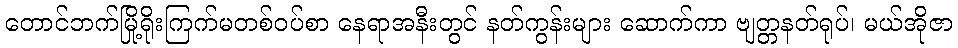
တောင်ဘက်မြို့ရိုးကြက်မတစ်ဝပ်စာ နေရာအနီးတွင် နတ်ကွန်းများ ဆောက်ကာ ဗျတ္တနတ်ရုပ်၊ မယ်အိုဇာ